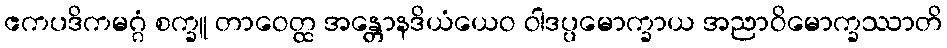
ဧကပဒိကမဂ္ဂံ စက္ခူ တာဝေတ္ထ အန္တောနဒိယံယေဝ ဝါဒပ္ပမောက္ခာယ အညာဝိမောက္ခဿာတိ